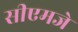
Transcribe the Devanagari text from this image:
सीएमजे